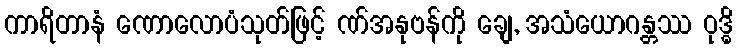
ကာရိတာနံ ဏောလောပံသုတ်ဖြင့် ဏ်အနုဗန်ကို ချေ, အသံယောဂန္တဿ ဝုဒ္ဓိ